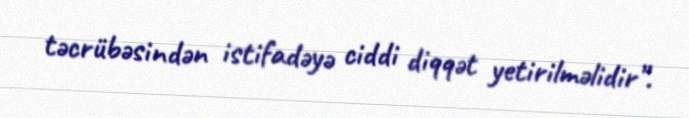
təcrübəsindən istifadəyə ciddi diqqət yetirilməlidir”.